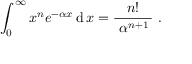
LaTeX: \int _ { 0 } ^ { \infty } x ^ { n } e ^ { - \alpha x } \operatorname { d } x = { \frac { n ! } { ~ \alpha ^ { n + 1 } \, } } ~ .